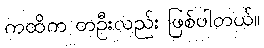
ကထိက တဦးလည်း ဖြစ်ပါတယ်။